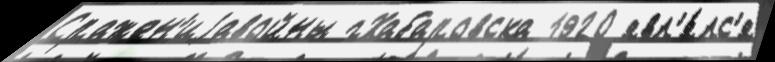
Сражен'иjавойны гХабаровска 1920 явл'я́лс'я